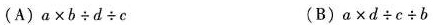
(A)$$a \times b \div d \div c $$ (B)$$a \times d \div c \div b$$